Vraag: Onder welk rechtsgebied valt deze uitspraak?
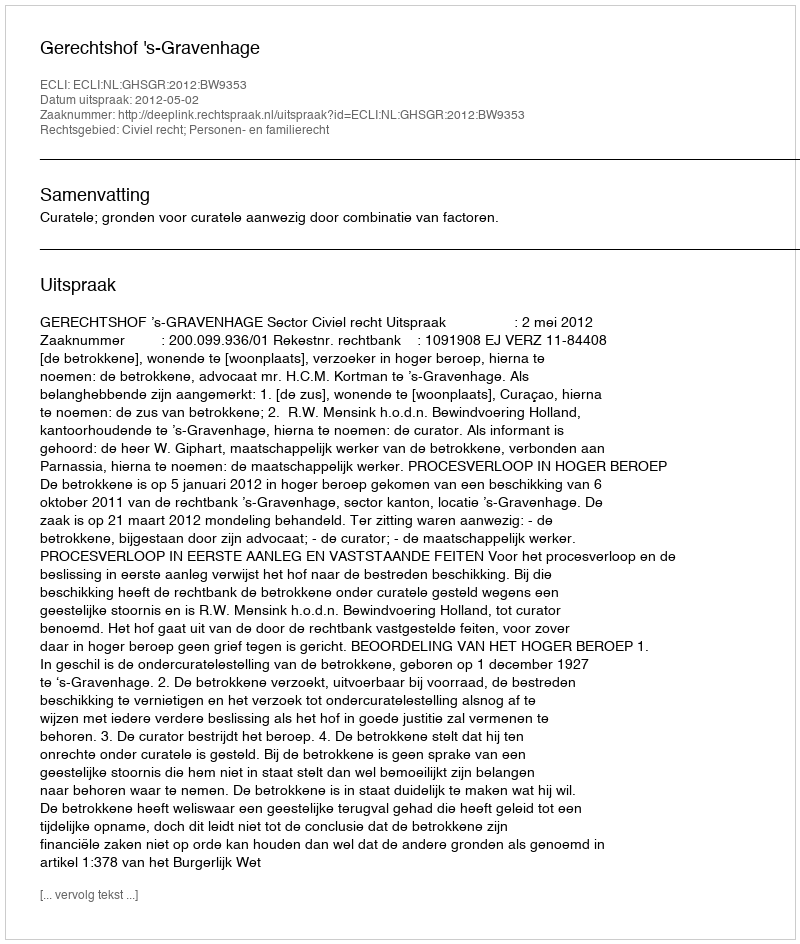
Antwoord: Civiel recht; Personen- en familierecht